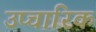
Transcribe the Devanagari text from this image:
उप्चारिक